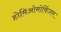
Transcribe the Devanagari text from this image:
होमिओमोर्फिज़म